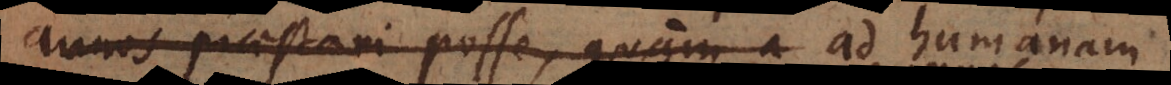
annos praestari posse, quam a ad humanam